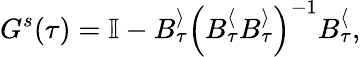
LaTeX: G^{s}(\tau)=\mathbb{I}-B_{\tau}^{\rangle}\left(B_{\tau}^{\langle}B_{\tau}^{\rangle}\right)^{-1}B_{\tau}^{\langle},